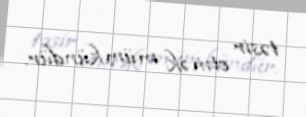
təsir etmək mümkündür.